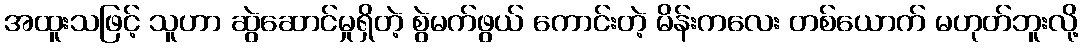
အထူးသဖြင့် သူဟာ ဆွဲဆောင်မှုရှိတဲ့ စွဲမက်ဖွယ် ကောင်းတဲ့ မိန်းကလေး တစ်ယောက် မဟုတ်ဘူးလို့